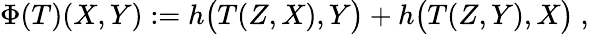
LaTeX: \Phi(T)(X,Y):=h\bigl(T(Z,X),Y\bigr)+h\bigl(T(Z,Y),X\bigr)\ ,